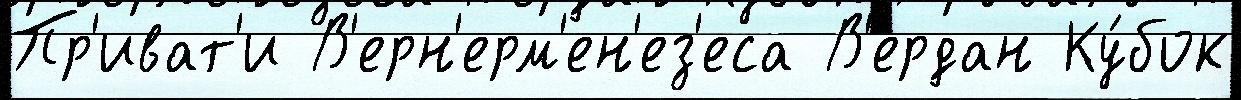
Пр'иват'и В'ерн'ерм'ен'ез'еса В'ердан Ку́бок